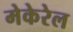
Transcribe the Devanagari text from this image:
मेकेरेल